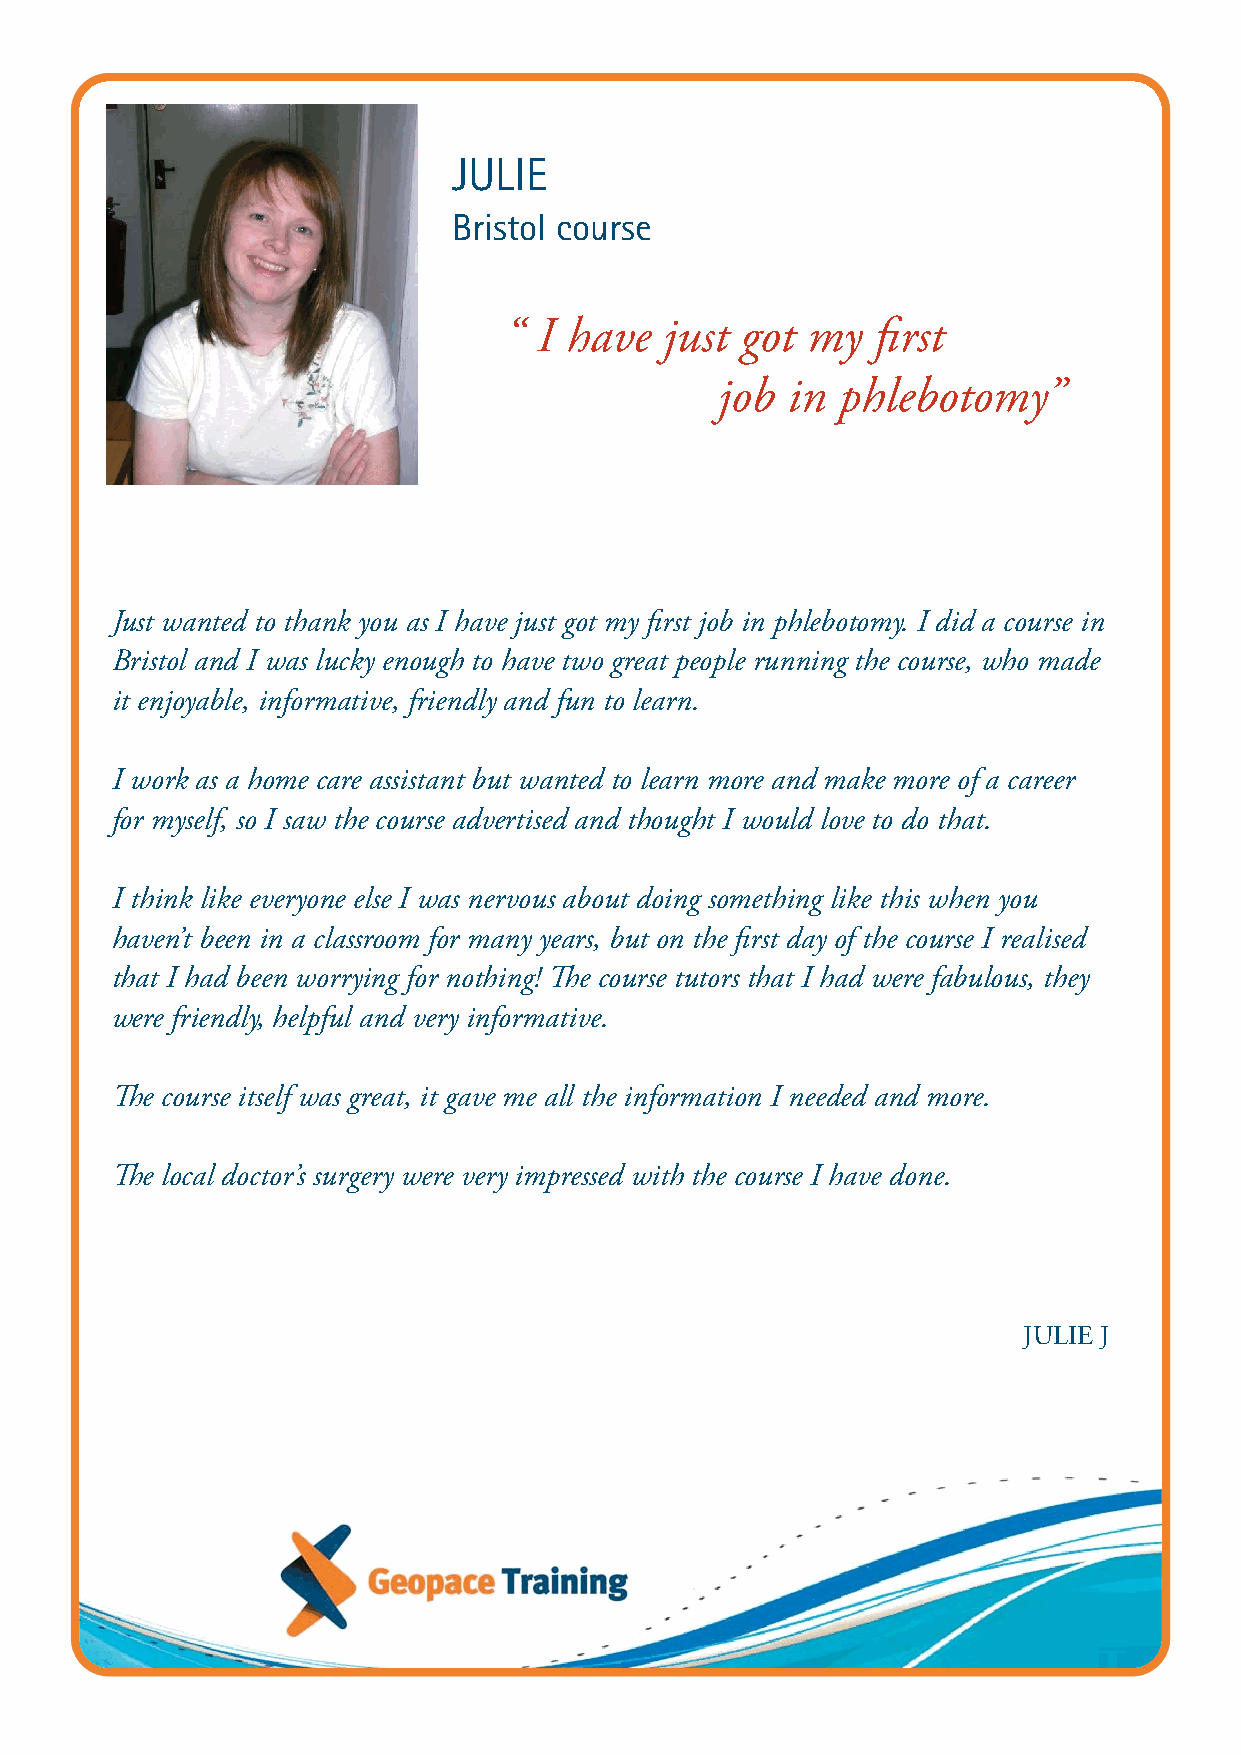
JULIE
 Bristol course
 “  I have  just got my   first
 job in phlebotomy”
 Just wanted to thank you as I have just got my first job in phlebotomy. I did a course in
 Bristol and I was lucky enough to have two great people running the course, who made
 it enjoyable, informative, friendly and fun to learn.
 I work as a home care assistant but wanted to learn more and make more of a career
 for myself, so I saw the course advertised and thought I would love to do that.
 I think like everyone else I was nervous about doing something like this when you
 haven’t been in a classroom for many years, but on the first day of the course I realised
 that I had been worrying for nothing! The course tutors that I had were fabulous, they
 were friendly, helpful and very informative.
 The course itself was great, it gave me all the information I needed and more.
 The local doctor’s surgery were very impressed with the course I have done.
 JULIE J